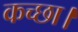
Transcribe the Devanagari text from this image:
कच्छा।